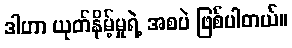
ဒါဟာ ယုတ်နိမ့်မှုရဲ့ အစပဲ ဖြစ်ပါတယ်။